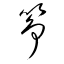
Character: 筝